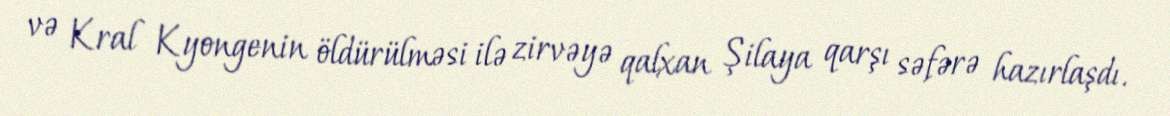
və Kral Kyongenin öldürülməsi ilə zirvəyə qalxan Şilaya qarşı səfərə hazırlaşdı.